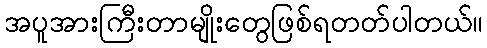
အပူအားကြီးတာမျိုးတွေဖြစ်ရတတ်ပါတယ်။